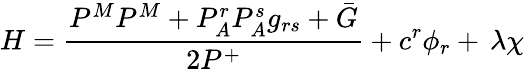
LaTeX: H=\frac{P^{M}P^{M}+P_{A}^{r}P_{A}^{s}g_{rs}+\bar{G}}{2P^{+}}+c^{r}\phi_{r}+\, \lambda\chi